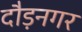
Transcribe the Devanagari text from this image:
दौड़नगर